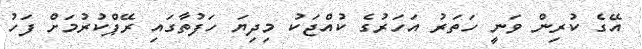
އޭގެ ކުރިން ވަނީ ހަތަރު އަހަރުގެ ކުއްޖަކު މިދިޔަ ހަފުތާގައި ރޭޕްކުރުމަށް ފަހު